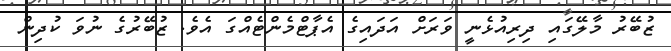
ޒުބޭރު މާލޭގައި ދިރިއުޅެނީ ވަރަށް އަދައިގެ އެޕާޓްމެންޓެއްގަ އެވެ. ޒުބޭރުގެ ނުވަ ކުދިން